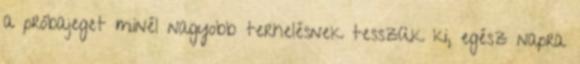
a próbajeget minél nagyobb terhelésnek tesszük ki, egész napra